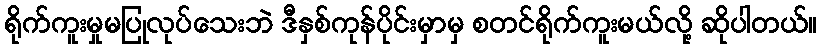
ရိုက်ကူးမှုမပြုလုပ်သေးဘဲ ဒီနှစ်ကုန်ပိုင်းမှာမှ စတင်ရိုက်ကူးမယ်လို့ ဆိုပါတယ်။